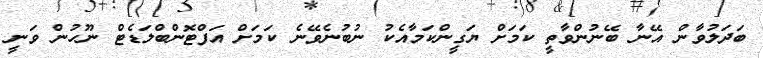
ބަދަލުވާން އޭނާ ބޭނުންވާތީ ކަމަށް ޔަގީންކަމާއެކު ނުބުނެވޭނެ ކަމަށް އަފްޓޮންބްލަޑެޓް ނޫހުން ވަނީ